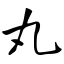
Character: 丸